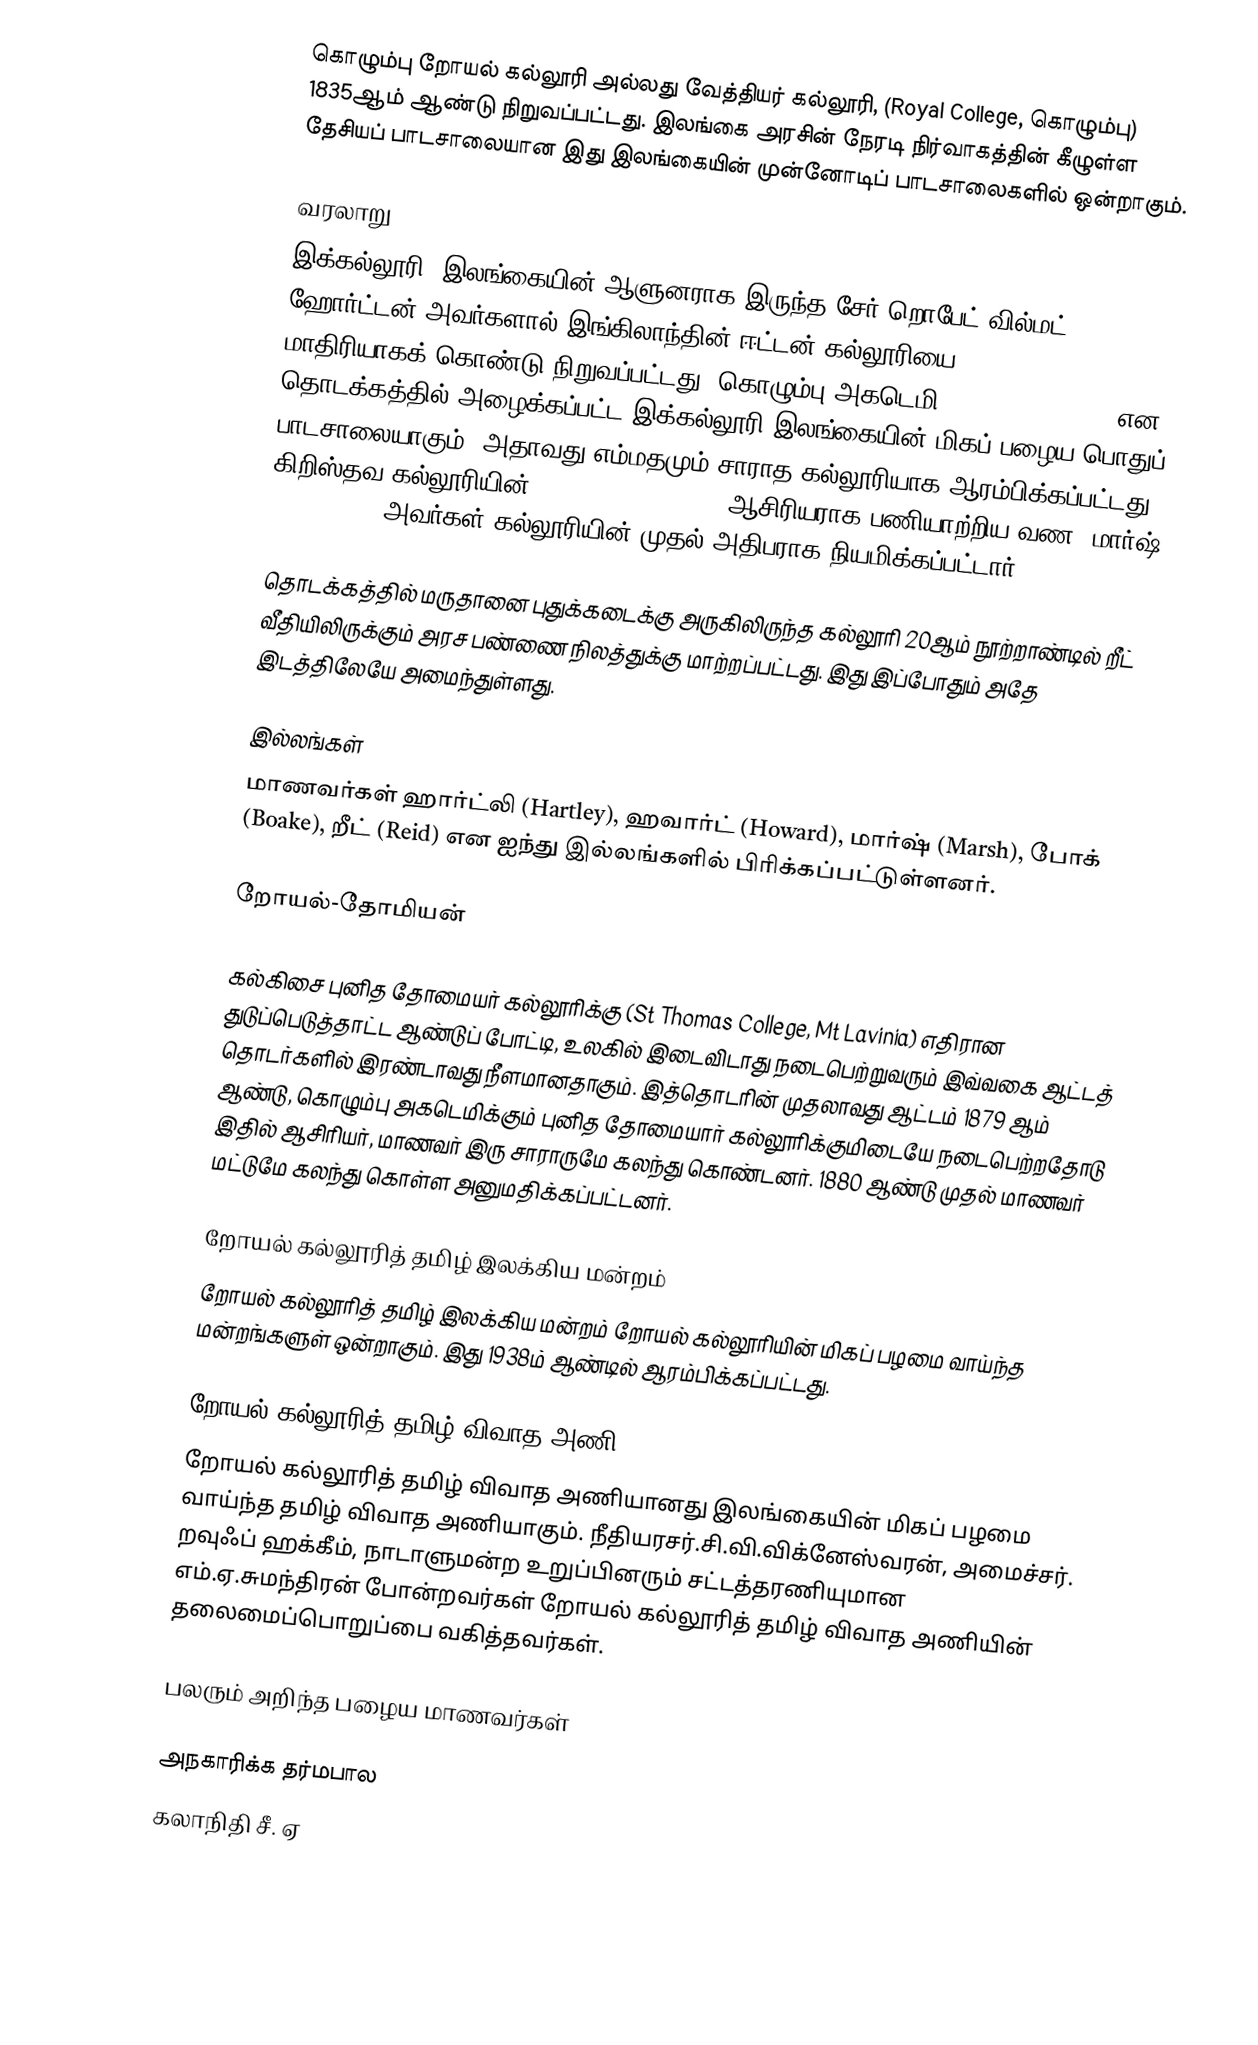
கொழும்பு றோயல் கல்லூரி  அல்லது வேத்தியர் கல்லூரி, (Royal College, கொழும்பு) 1835ஆம் ஆண்டு நிறுவப்பட்டது. இலங்கை அரசின் நேரடி நிர்வாகத்தின் கீழுள்ள தேசியப் பாடசாலையான இது இலங்கையின் முன்னோடிப் பாடசாலைகளில் ஒன்றாகும்.

வரலாறு
இக்கல்லூரி, இலங்கையின் ஆளுனராக இருந்த சேர்.றொபேட் வில்மட் ஹோர்ட்டன் அவர்களால் இங்கிலாந்தின் ஈட்டன் கல்லூரியை  (Eton College) மாதிரியாகக் கொண்டு நிறுவப்பட்டது. கொழும்பு அகடெமி (Colombo Academy) என தொடக்கத்தில் அழைக்கப்பட்ட இக்கல்லூரி இலங்கையின் மிகப் பழைய பொதுப் பாடசாலையாகும் (அதாவது எம்மதமும் சாராத கல்லூரியாக ஆரம்பிக்கப்பட்டது). கிறிஸ்தவ கல்லூரியின் (Christian College) ஆசிரியராக பணியாற்றிய வண. மார்ஷ் (Rev Marsh) அவர்கள் கல்லூரியின் முதல் அதிபராக நியமிக்கப்பட்டார்.

தொடக்கத்தில் மருதானை புதுக்கடைக்கு அருகிலிருந்த கல்லூரி 20ஆம் நூற்றாண்டில் றீட் வீதியிலிருக்கும் அரச பண்ணை நிலத்துக்கு மாற்றப்பட்டது. இது இப்போதும் அதே இடத்திலேயே அமைந்துள்ளது.

இல்லங்கள்
மாணவர்கள் ஹார்ட்லி (Hartley), ஹவார்ட் (Howard), மார்ஷ் (Marsh), போக் (Boake), றீட் (Reid) என ஐந்து இல்லங்களில் பிரிக்கப்பட்டுள்ளனர்.

றோயல்-தோமியன்

கல்கிசை புனித தோமையர் கல்லூரிக்கு (St Thomas College, Mt Lavinia) எதிரான  துடுப்பெடுத்தாட்ட ஆண்டுப் போட்டி, உலகில் இடைவிடாது நடைபெற்றுவரும் இவ்வகை ஆட்டத் தொடர்களில் இரண்டாவது நீளமானதாகும். இத்தொடரின் முதலாவது ஆட்டம் 1879 ஆம் ஆண்டு, கொழும்பு அகடெமிக்கும் புனித தோமையார் கல்லூரிக்குமிடையே நடைபெற்றதோடு இதில் ஆசிரியர், மாணவர் இரு சாராருமே கலந்து கொண்டனர். 1880 ஆண்டு முதல் மாணவர் மட்டுமே கலந்து கொள்ள அனுமதிக்கப்பட்டனர்.

றோயல் கல்லூரித் தமிழ் இலக்கிய மன்றம்
றோயல் கல்லூரித் தமிழ் இலக்கிய மன்றம் றோயல் கல்லூரியின் மிகப் பழமை வாய்ந்த மன்றங்களுள் ஒன்றாகும். இது 1938ம் ஆண்டில் ஆரம்பிக்கப்பட்டது.

றோயல் கல்லூரித் தமிழ் விவாத அணி
றோயல் கல்லூரித் தமிழ் விவாத அணியானது இலங்கையின் மிகப் பழமை வாய்ந்த தமிழ் விவாத அணியாகும். நீதியரசர்.சி.வி.விக்னேஸ்வரன், அமைச்சர். றவுஃப் ஹக்கீம், நாடாளுமன்ற உறுப்பினரும் சட்டத்தரணியுமான எம்.ஏ.சுமந்திரன் போன்றவர்கள் றோயல் கல்லூரித் தமிழ் விவாத அணியின் தலைமைப்பொறுப்பை வகித்தவர்கள்.

பலரும் அறிந்த பழைய மாணவர்கள்

அநகாரிக்க தர்மபால
கலாநிதி சீ. ஏ